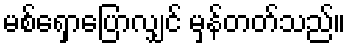
မစ်ရှောပြောလျှင် မှန်တတ်သည်။